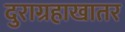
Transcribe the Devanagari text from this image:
दुराग्रहाखातर